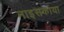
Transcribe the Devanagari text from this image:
नाइसकाया